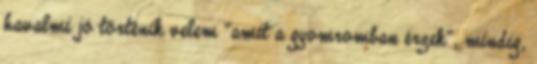
havalmi jó történik velem “amit a gyomromban érzek”, mindig,